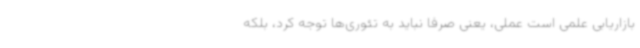
بازاریابی علمی است عملی، یعنی صرفا نباید به تئوری‌ها توجه کرد، بلکه